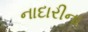
નાદારીના